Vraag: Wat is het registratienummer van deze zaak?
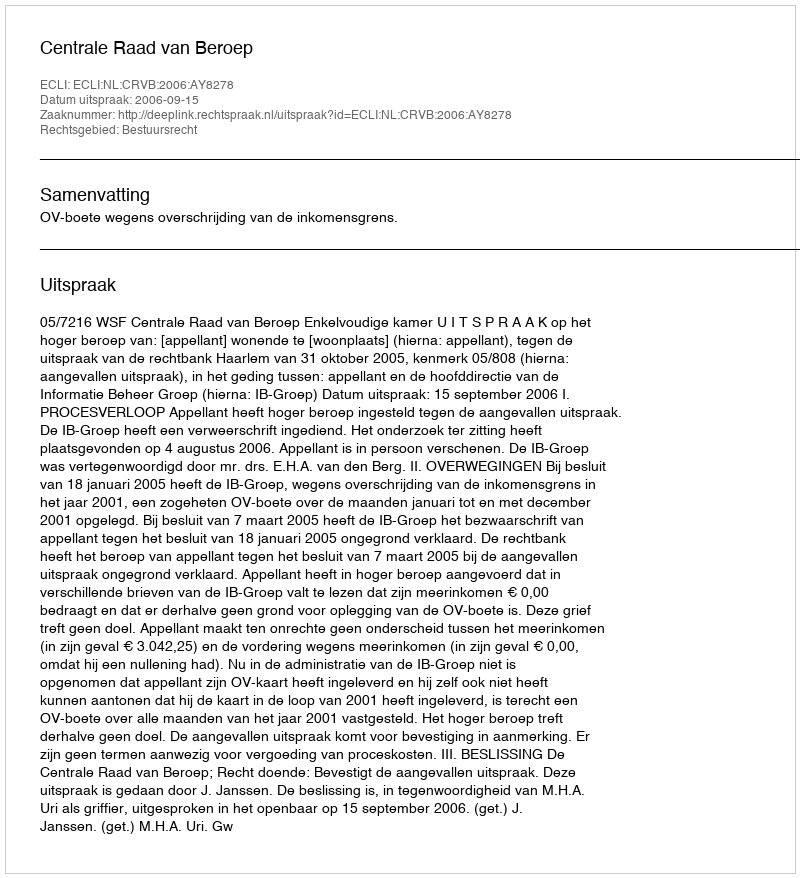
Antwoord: http://deeplink.rechtspraak.nl/uitspraak?id=ECLI:NL:CRVB:2006:AY8278